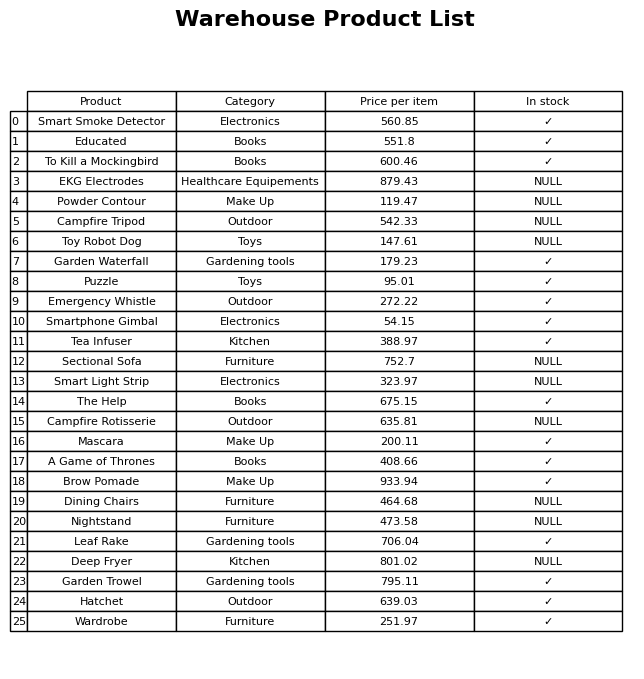
question: What is the price of the Leaf Rake?
answer: The price of Leaf Rake is 706.04.